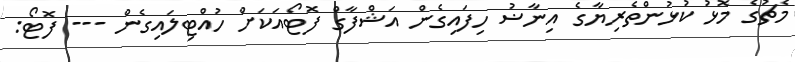
މެޗުގެ މޮޅު ކުޅުންތެރިޔާގެ އިނާޟު ހިފައިގެން އަޝްފާގް ފޮޓޯއަކަށް ހުއްޓިލައިގެން --- ފޮޓޯ: